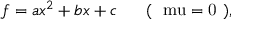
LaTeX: f = a x ^ { 2 } + b x + c \mathrm { \ \ \ \ \ ( ~ \ m u = 0 ~ ) , }